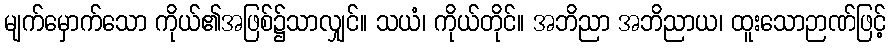
မျက်မှောက်သော ကိုယ်၏အဖြစ်၌သာလျှင်။ သယံ၊ ကိုယ်တိုင်။ အဘိညာ အဘိညာယ၊ ထူးသောဉာဏ်ဖြင့်